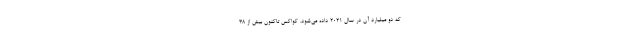
که دو میلیارد آن در سال ۲۰۲۱ داده می‌شود. کواکس تاکنون بیش از ۳۸